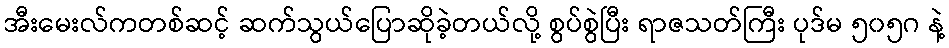
အီးမေးလ်ကတစ်ဆင့် ဆက်သွယ်ပြောဆိုခဲ့တယ်လို့ စွပ်စွဲပြီး ရာဇသတ်ကြီး ပုဒ်မ ၅၀၅ဂ နဲ့